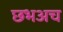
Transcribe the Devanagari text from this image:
छभअच